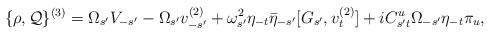
\begin{align*}\{\rho,{\cal Q}\}^{(3)} = \Omega_{s'} V_{-s'} -\Omega_{s'} v^{(2)}_{-s'} +\omega_{s'}^{2} \eta_{-t} \bar{\eta}_{-s'} [G_{s'}, v_t^{(2)}] +i C_{s't}^u \Omega_{-s'} \eta_{-t} \pi_u, \end{align*}